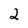
Character: 2